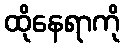
ထိုနေရာကို